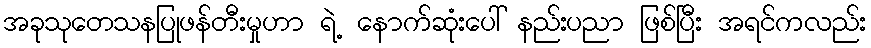
အခုသုတေသနပြုဖန်တီးမှုဟာ ရဲ့ နောက်ဆုံးပေါ် နည်းပညာ ဖြစ်ပြီး အရင်ကလည်း